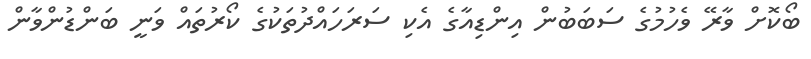
ބޯކޮށް ވާރޭ ވެހުމުގެ ސަބަބުން އިންޑިއާގެ އެކި ސަރަހައްދުތަކުގެ ކޯރުތައް ވަނީ ބަންޑުންވާން